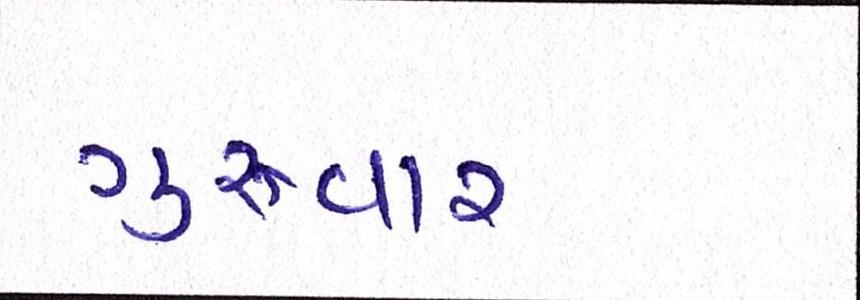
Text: ગુરુવાર